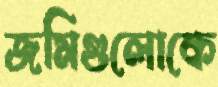
জমিগুলোকে